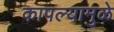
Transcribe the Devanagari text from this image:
कापल्यामुळे